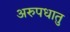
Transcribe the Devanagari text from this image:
अरुपधातु